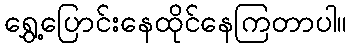
ရွှေ့ပြောင်းနေထိုင်နေကြတာပါ။